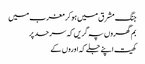
جنگ مشرق میں ہوکر مغرب میں
بم گھروں پہ گریں کہ سرحد پر
کھیت اپنے جلے کہ اوروں کے